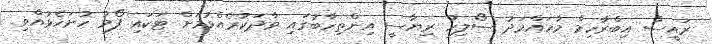
ރައީސް އިބްރާހިމް މުހައްމަދު ސޯލިހު ރިޔާސީ އިންތިހާބުގައި ވާދަކުރެއްވުމަށް ޓަކައި ފޯމު ހުށަހެޅުއްވި